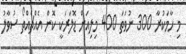
މި ހާމަކުރާ 300 ނުވަތަ 400 މިލިއަން ޑޮލަރަކީ ކޮން އެއްޗެއްތޯ ސުވާލު